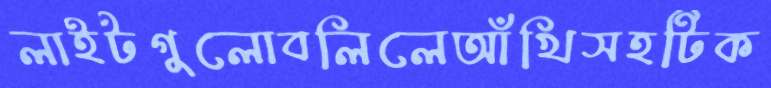
লাইটগুলোবলিলেআঁখিসহটিক